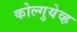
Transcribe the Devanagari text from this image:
कोल्गुयेव्ह